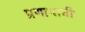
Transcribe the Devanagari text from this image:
प्रणायाची